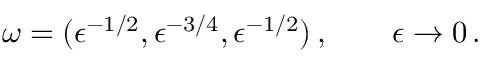
\boldsymbol { \omega } = ( \epsilon ^ { - 1 / 2 } , \epsilon ^ { - 3 / 4 } , \epsilon ^ { - 1 / 2 } ) \, , \qquad \epsilon \to 0 \, .